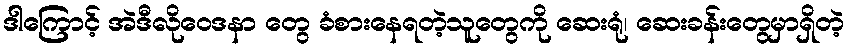
ဒါကြောင့် အဲဒီလိုဝေဒနာ တွေ ခံစားနေရတဲ့သူတွေကို ဆေးရုံ၊ ဆေးခန်းတွေမှာရှိတဲ့